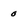
Character: 0